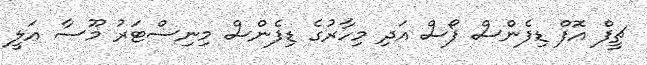
ޗީފް އޮފް ޑިފެންސް ފޯސް އަދި މިހާރުގެ ޑިފެންސް މިނިސްޓަރު މޫސާ އަލީ